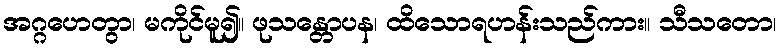
အဂ္ဂဟေတွာ၊ မကိုင်မူ၍။ ဖုသန္တောပန၊ ထိသောရဟန်းသည်ကား။ သီသတော၊